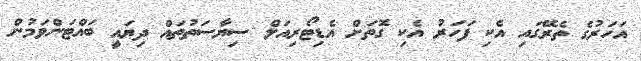
އަހަރުގެ ތެރޭގައި އެކި ފަހަރު އެކި ގޮތަށް އެޑިޓޯރިއަލް ސިޔާސަތުތައް ދިޔައީ ބައްޓަންވަމުން